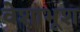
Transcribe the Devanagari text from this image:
वेशाभूश